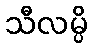
သီလမ္ပိ